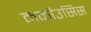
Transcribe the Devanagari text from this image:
मर्कोउसिस